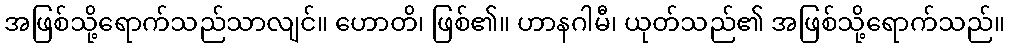
အဖြစ်သို့ရောက်သည်သာလျင်။ ဟောတိ၊ ဖြစ်၏။ ဟာနဂါမီ၊ ယုတ်သည်၏ အဖြစ်သို့ရောက်သည်။